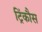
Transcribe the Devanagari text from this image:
ट्रिंकौस